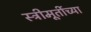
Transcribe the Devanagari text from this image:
स्त्रीमूर्तीच्या